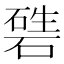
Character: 𥔴